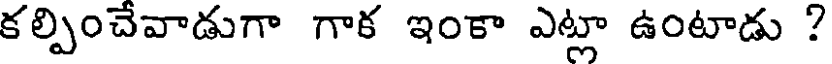
కల్పించేవాడుగా గాక ఇంకా ఎట్లా ఉంటాడు ?